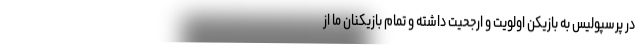
در پرسپولیس به بازیکن اولویت و ارجحیت داشته و تمام بازیکنان ما از